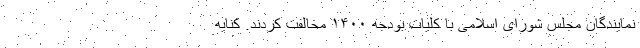
نمایندگان مجلس شورای اسلامی با کلیات بودجه ١۴٠٠ مخالفت کردند. کنایه